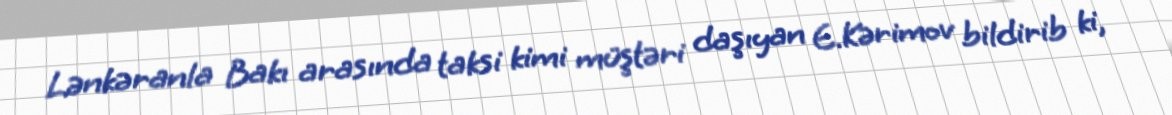
Lənkəranla Bakı arasında taksi kimi müştəri daşıyan E.Kərimov bildirib ki,